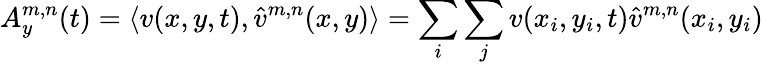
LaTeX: A_{y}^{m,n}(t)=\langle v(x,y,t),\hat{v}^{m,n}(x,y)\rangle=\sum_{i}\sum_{j}v(x_{i},y_{i},t)\hat{v}^{m,n}(x_{i},y_{i})